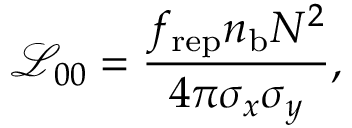
\mathcal { L } _ { 0 0 } = \frac { f _ { \mathrm { r e p } } n _ { \mathrm { b } } N ^ { 2 } } { 4 \pi \sigma _ { x } \sigma _ { y } } ,